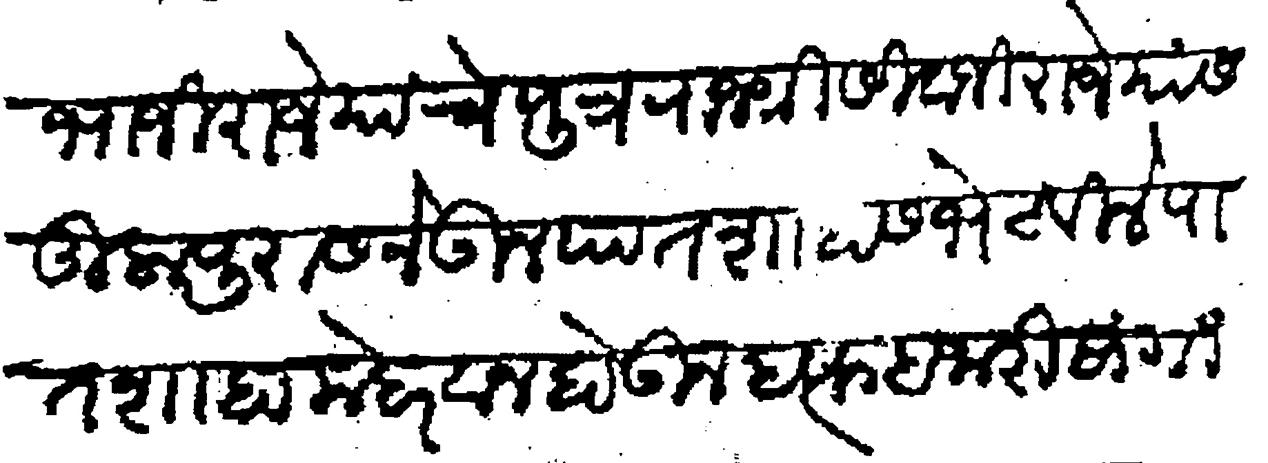
Transliteration (Devanagari): संभाजी राजे याचे पुत्र राजश्री सिवाजी राजे यांस तुलापुरास नेऊन पातशाहास भेटविले पातशाहा मेहरवान होऊन हत्फ हजारी सांगितली